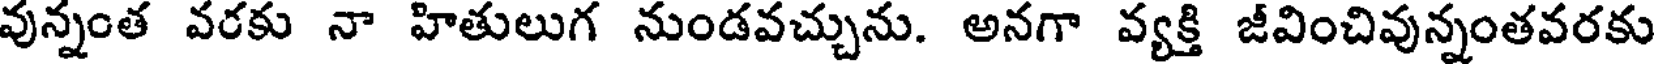
వున్నంత వరకు నా హితులుగ నుండవచ్చును. అనగా వ్యక్తి జీవించివున్నంతవరకు